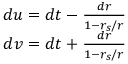
\begin{array} { r } { d u = d t - \frac { d r } { 1 - r _ { s } / r } } \\ { d v = d t + \frac { d r } { 1 - r _ { s } / r } } \end{array}